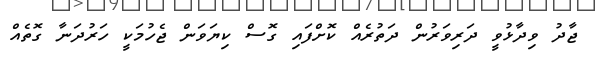
ޖާދު ވިދާޅުވީ ދަރިވަރުން ދަތުރެއް ކޮށްފައި ގޮސް ކިޔަވަން ޖެހުމަކީ ހަރުދަނާ ގޮތެއް